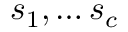
s _ { 1 } , \ldots s _ { c }